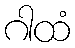
ဂါထံ